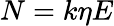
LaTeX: N=k\eta E